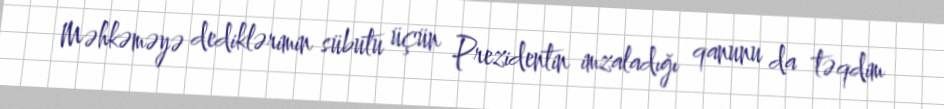
Məhkəməyə dediklərimin sübutu üçün Prezidentin imzaladığı qanunu da təqdim